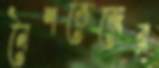
নৈশভোজের